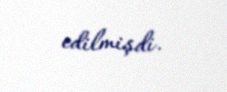
edilmişdi.